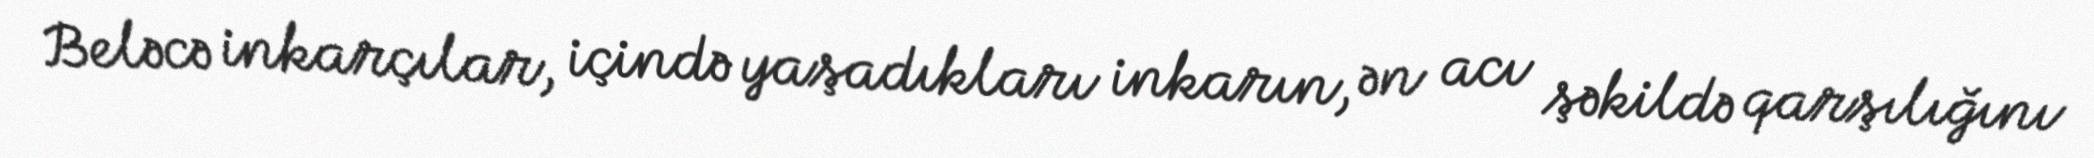
Beləcə inkarçılar, içində yaşadıkları inkarın, ən acı şəkildə qarşılığını